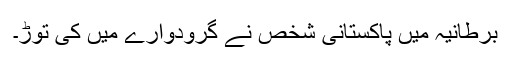
برطانیہ میں پاکستانی شخص نے گرودوارے میں کی توڑ۔